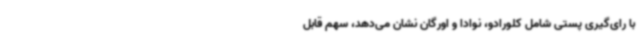
با رای‌گیری پستی شامل کلورادو، نوادا و اورگان نشان می‌دهد، سهم قابل